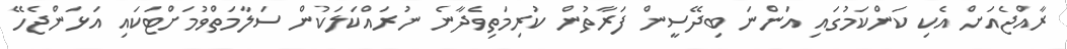
ރާއްޖެއަށް އެކި ކަންކަމުގައި އަންނަ ބިދޭސީން ފަރާތުން ކުރިމަތިވެދާނެ ނުރައްކަލަކުން ސަލާމަތްވުމަށްޓަަކައި އަޅަންޖެހޭ